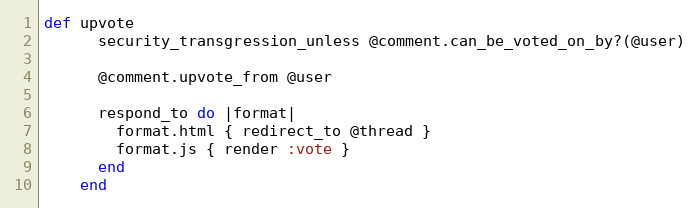
Language: Ruby
def upvote
      security_transgression_unless @comment.can_be_voted_on_by?(@user)

      @comment.upvote_from @user

      respond_to do |format|
        format.html { redirect_to @thread }
        format.js { render :vote }
      end
    end